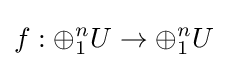
f:\oplus _{1}^{n}U\to \oplus _{1}^{n}U